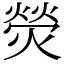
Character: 熒